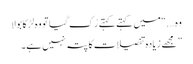
وہ ….“میں کہتے کہتے رُک گیا تو وہ لڑکا بولا
” مجھے زیادہ تفصیلات کا پتہ نہیں ہے۔